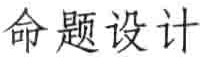
命题设计